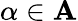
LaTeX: \alpha\in\mathbf{A}